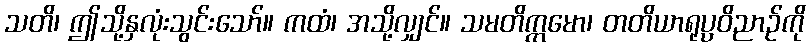
သတိ၊ ဤသို့နှလုံးသွင်းသော်။ ကထံ၊ အသို့လျှင်။ သမတိက္ကမော၊ တတိယာရုပ္ပဝိညာဉ်ကို